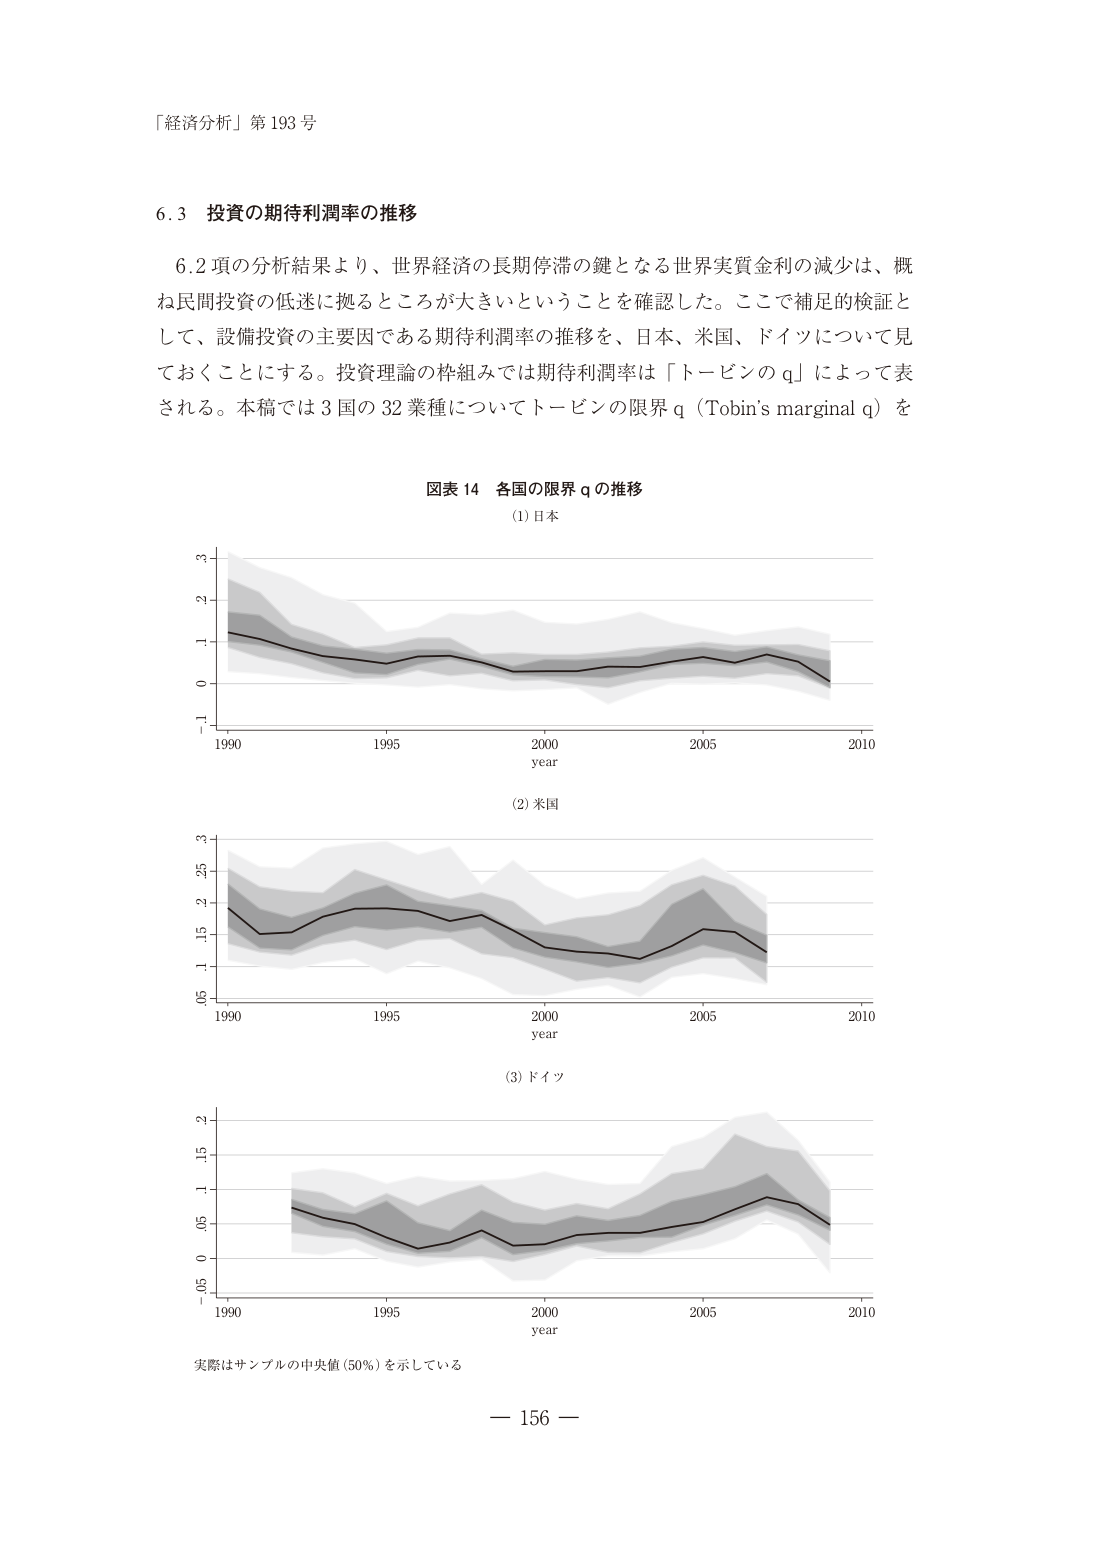
「経済分析」第193号

6.3 投資の期待利潤率の推移

6.2項の分析結果より、世界経済の長期停滞の鍵となる世界実質金利の減少は、概ね民間投資の低迷に拠るところが大きいということを確認した。ここで補足的検証として、設備投資の主要因である期待利潤率の推移を、日本、米国、ドイツについて見ておくことにする。投資理論の枠組みでは期待利潤率は「トービンのq」によって表される。本稿では3国の32業種についてトービンの限界q（Tobin's marginal q）を

図表14 各国の限界qの推移
(1)日本
(2)米国
(3)ドイツ

year
1990 1995 2000 2005 2010

実際はサンプルの中央値(50%)を示している

— 156 —